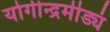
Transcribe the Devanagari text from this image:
योगीन्द्रमीड्यं